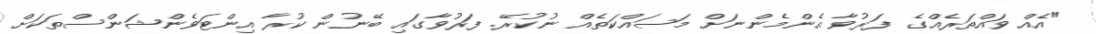
"އެއް ވައްތަރެއްގެ ފަރުވާ އެންމެންނަށް މަސައްކަތެއް ނުކުރޭ. ފަރުވާގައި ބޭނުން ކުރާ އިންޓަވެންޝަންސްތަކަށް